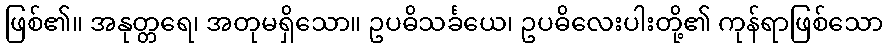
ဖြစ်၏။ အနုတ္တရေ၊ အတုမရှိသော။ ဥပဓိသင်္ခယေ၊ ဥပဓိလေးပါးတို့၏ ကုန်ရာဖြစ်သော